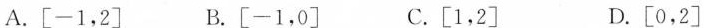
A. [-1，2] B. [-1，0] C. [1，2] D. [0，2]